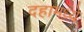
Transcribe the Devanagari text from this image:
दहामध्ये